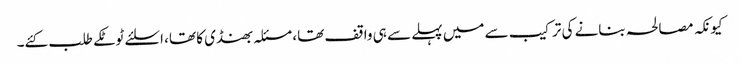
کیونکہ مصالحہ بنانے کی ترکیب سے میں پہلے سے ہی واقف تھا، مسئلہ بھنڈی کا تھا، اسلئے ٹوٹکے طلب کئے۔